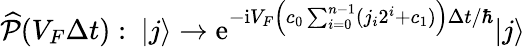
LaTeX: \widehat{\mathcal{P}}(V_{F}\Delta t):~|j\rangle\to\mathrm{e}^{-\mathrm{i}V_{F}\left(c_{0}\sum_{i=0}^{n-1}(j_{i}2^{i}+c_{1})\right)\Delta t/\hbar}|j\rangle